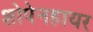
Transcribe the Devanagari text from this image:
शोपेनहायर